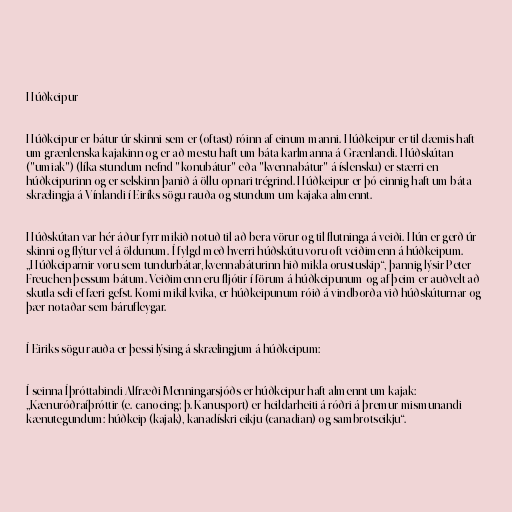
Húðkeipur

Húðkeipur er bátur úr skinni sem er (oftast) róinn af einum manni. Húðkeipur er til dæmis haft
um grænlenska kajakinn og er að mestu haft um báta karlmanna á Grænlandi. Húðskútan
("umiak") (líka stundum nefnd "konubátur" eða "kvennabátur" á íslensku) er stærri en
húðkeipurinn og er selskinn þanið á öllu opnari trégrind. Húðkeipur er þó einnig haft um báta
skrælingja á Vínlandi í Eiríks sögu rauða og stundum um kajaka almennt.

Húðskútan var hér áður fyrr mikið notuð til að bera vörur og til flutninga á veiði. Hún er gerð úr
skinni og flýtur vel á öldunum. Í fylgd með hverri húðskútu voru oft veiðimenn á húðkeipum.
„Húðkeiparnir voru sem tundurbátar, kvennabáturinn hið mikla orustuskip“, þannig lýsir Peter
Freuchen þessum bátum. Veiðimenn eru fljótir í förum á húðkeipunum og af þeim er auðvelt að
skutla seli ef færi gefst. Komi mikil kvika, er húðkeipunum róið á vindborða við húðskúturnar og
þær notaðar sem bárufleygar.

Í Eiriks sögu rauða er þessi lýsing á skrælingjum á húðkeipum:

Í seinna Íþróttabindi Alfræði Menningarsjóðs er húðkeipur haft almennt um kajak:
„Kænuróðraíþróttir (e. canoeing; þ. Kanusport) er heildarheiti á róðri á þremur mismunandi
kænutegundum: húðkeip (kajak), kanadískri eikju (canadian) og sambrotseikju“.